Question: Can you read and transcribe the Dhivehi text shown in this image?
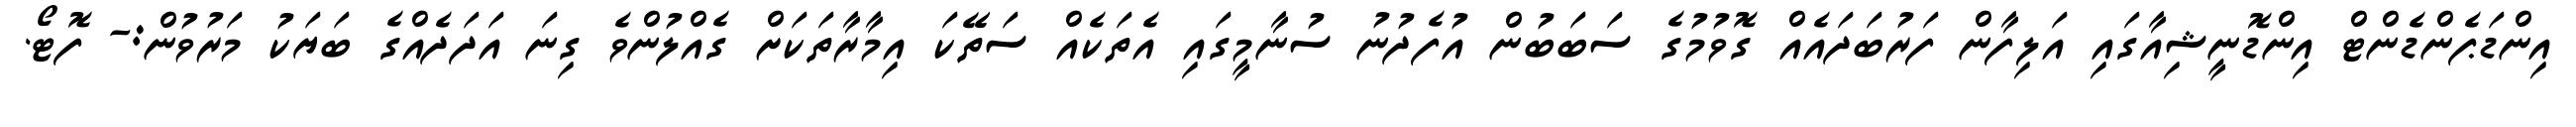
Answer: އިންޑަޕެންޑެންޓް އިންޑޮނީޝިއާގައި އަލިފާން ފަރުބަދައެއް ގޮވުމުގެ ސަބަބުން އުފެދުނު ސުނާމީގައި އެތަކެއް ސަތޭކަ އިމާރާތަކަށް ގެއްލުންވެ ގިނަ އަދަދެއްގެ ބަޔަކު މަރުވުން:- ފޮޓޯ.